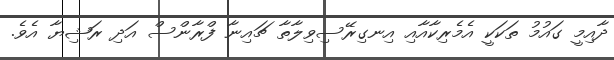
ދާއިމީ ގައުމު ތަކަކީ އެމެރިކާއާއި އިނގިރޭސިވިލާތާ ޗައިނާ ފްރާންސް އަދި ރަޝިޔާ އެވެ.